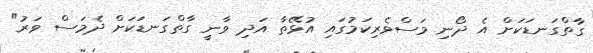
ގާތްގަނޑަކަށް އެ ދޯނި މަސްވެރިކަމުގައި އުޅޭތާ އަދި ވާނީ ގާތްގަނޑަކަށް ދެމަސް ވަރު"